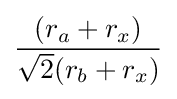
{\frac {(r_{a}+r_{x})}{{\sqrt {2}}(r_{b}+r_{x})}}